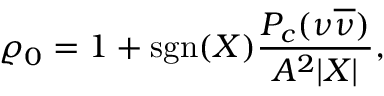
\varrho _ { 0 } = 1 + \mathrm { s g n } ( X ) \frac { P _ { c } ( \nu \overline { { { \nu } } } ) } { A ^ { 2 } | X | } ,